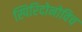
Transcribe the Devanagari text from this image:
स्पिरिदोनोविच